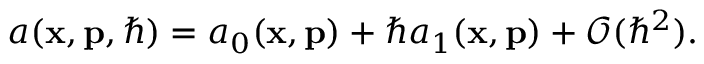
a ( \mathbf { x } , \mathbf { p } , \hbar ) = a _ { 0 } ( \mathbf { x } , \mathbf { p } ) + \hbar a _ { 1 } ( \mathbf { x } , \mathbf { p } ) + \mathcal { O } ( \hbar ^ { 2 } ) .